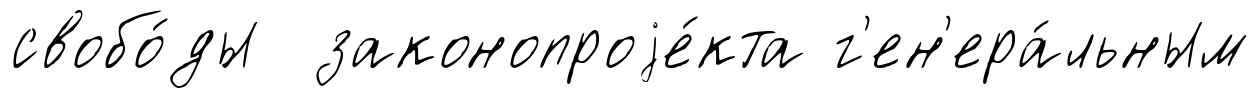
свобо́ды законопроjе́кта г'ен'ера́льным